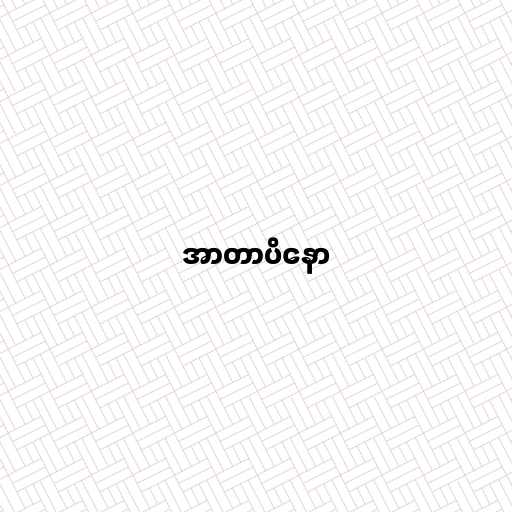
အာတာပိနော